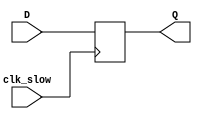
module DFF(
    input clk_slow,
    input D,
    output Q
    );
reg Q ;    
always @ ( posedge clk_slow) begin 
    Q <= D ;end 
   
    
endmodule